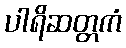
ပါရိဆတ္တကံ